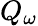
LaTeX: Q_{\omega}